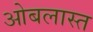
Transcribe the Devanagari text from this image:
ओबलास्त